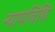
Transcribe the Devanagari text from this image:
न्यायविधि